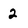
Character: 2